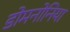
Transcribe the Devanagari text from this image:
डोमनोनिया